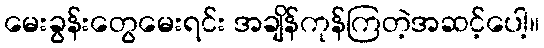
မေးခွန်းတွေမေးရင်း အချိန်ကုန်ကြတဲ့အဆင့်ပေါ့။